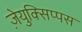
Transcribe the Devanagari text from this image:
ज़ेयुक्सिप्पस